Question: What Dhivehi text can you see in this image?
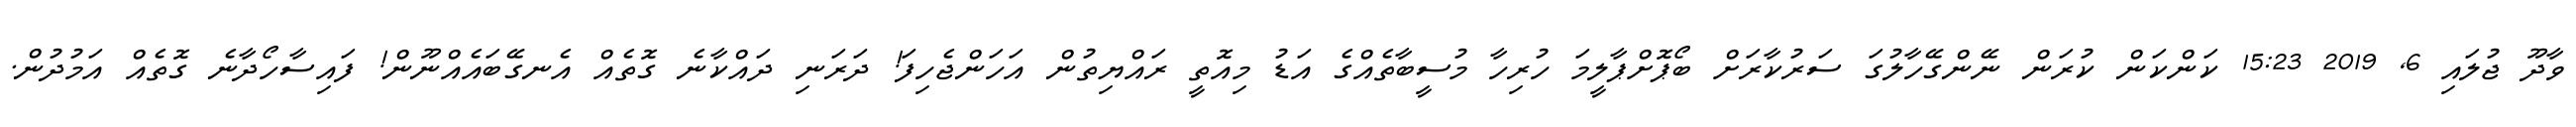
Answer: ވާދޫ ޖުލައި 6, 2019 15:23 ކަންކަން ކުރަން ނޭންގޭހާލުގަ ސަރުކާރަށް ބޯޕޮށްޕާލީމަ ހުރިހާ މުސީބާތެއްގެ އަޑު މިއޮތީ ރައްޔިތުން އަހަންޖެހިފަ! ދަރަނި ދައްކާނެ ގޮތެއް އެނގޭބައެއްނޫން! ފައިސާހޯދާނެ ގޮތެއް އަމުދުން.